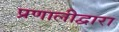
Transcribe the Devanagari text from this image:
प्रणालीद्वारा